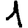
Digit: 1